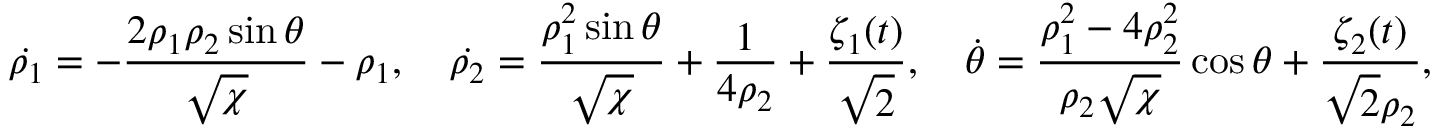
\dot { \rho _ { 1 } } = - \frac { 2 \rho _ { 1 } \rho _ { 2 } \sin \theta } { \sqrt { \chi } } - \rho _ { 1 } , \quad \dot { \rho _ { 2 } } = \frac { \rho _ { 1 } ^ { 2 } \sin \theta } { \sqrt { \chi } } + \frac { 1 } { 4 \rho _ { 2 } } + \frac { \zeta _ { 1 } ( t ) } { \sqrt { 2 } } , \quad \dot { \theta } = \frac { \rho _ { 1 } ^ { 2 } - 4 \rho _ { 2 } ^ { 2 } } { \rho _ { 2 } \sqrt { \chi } } \cos \theta + \frac { \zeta _ { 2 } ( t ) } { \sqrt { 2 } \rho _ { 2 } } ,